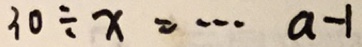
3 0 \div x = \cdots a - 1